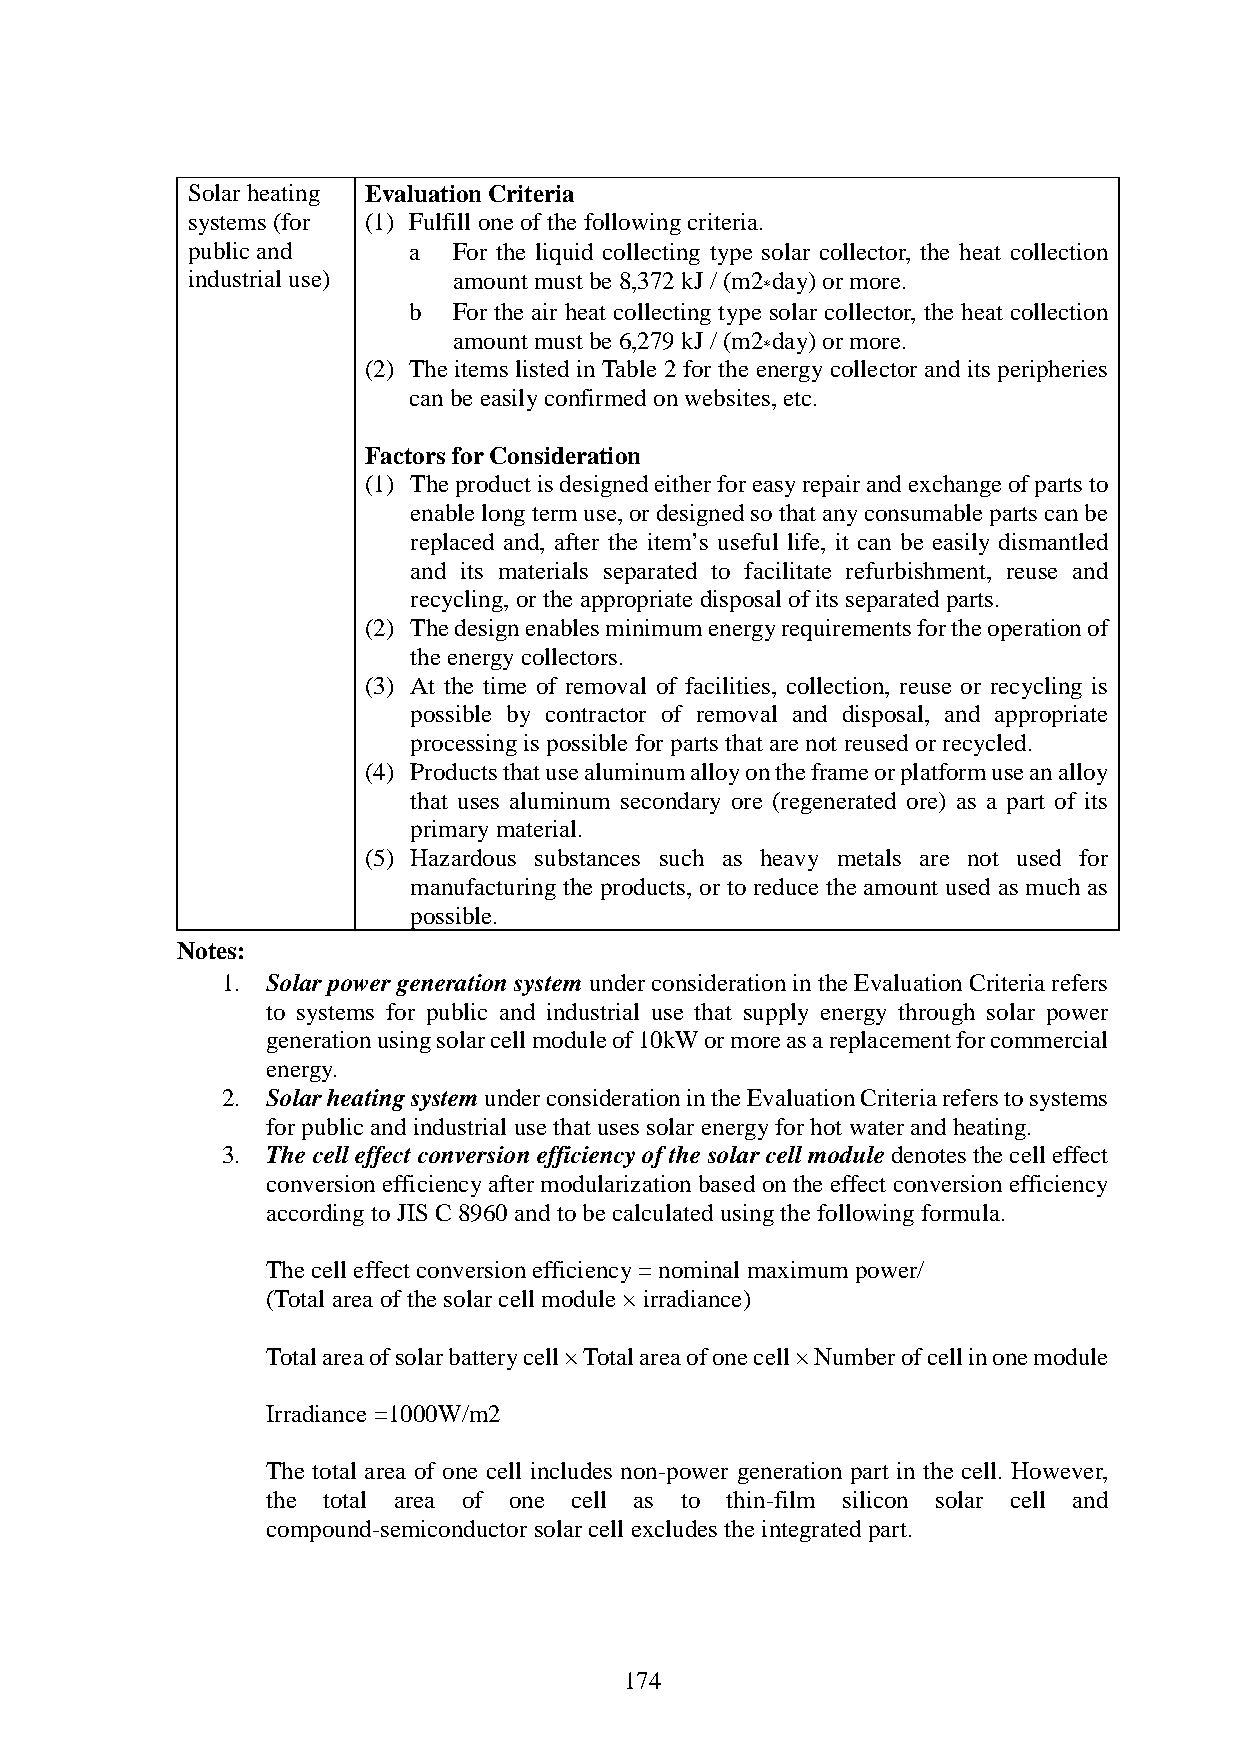
Solar heating Evaluation Criteria
 systems (for (1) Fulfill one of the following criteria.
 public and     a． For the liquid collecting type solar collector, the heat collection
 industrial use)   amount must be 8,372 kJ / (m2 day) or more.
 *
 b． For the air heat collecting type solar collector, the heat collection
 amount must be 6,279 kJ / (m2 day) or more.
 *
 (2) The items listed in Table 2 for the energy collector and its peripheries
 can be easily confirmed on websites, etc.
 Factors for Consideration
 (1) The product is designed either for easy repair and exchange of parts to
 enable long term use, or designed so that any consumable parts can be
 replaced and, after the item’s useful life, it can be easily dismantled
 and its materials separated to facilitate refurbishment, reuse and
 recycling, or the appropriate disposal of its separated parts.
 (2) The design enables minimum energy requirements for the operation of
 the energy collectors.
 (3) At the time of removal of facilities, collection, reuse or recycling is
 possible by contractor of removal and disposal, and appropriate
 processing is possible for parts that are not reused or recycled.
 (4) Products that use aluminum alloy on the frame or platform use an alloy
 that uses aluminum secondary ore (regenerated ore) as a part of its
 primary material.
 (5) Hazardous substances such as heavy metals are not used for
 manufacturing the products, or to reduce the amount used as much as
 possible.
 Notes:
 1. Solar power generation system under consideration in the Evaluation Criteria refers
 to systems for public and industrial use that supply energy through solar power
 generation using solar cell module of 10kW or more as a replacement for commercial
 energy.
 2. Solar heating system under consideration in the Evaluation Criteria refers to systems
 for public and industrial use that uses solar energy for hot water and heating.
 3. The cell effect conversion efficiency of the solar cell module denotes the cell effect
 conversion efficiency after modularization based on the effect conversion efficiency
 according to JIS C 8960 and to be calculated using the following formula.
 The cell effect conversion efficiency = nominal maximum power/
 (Total area of the solar cell module × irradiance)
 Total area of solar battery cell × Total area of one cell × Number of cell in one module
 Irradiance =1000W/m2
 The total area of one cell includes non-power generation part in the cell. However,
 the total area of one cell as to thin-film silicon solar cell and
 compound-semiconductor solar cell excludes the integrated part.
 174